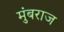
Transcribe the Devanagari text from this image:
मुंबराज